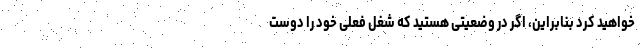
خواهید کرد بنابراین، اگر در وضعیتی هستید که شغل فعلی خود را دوست